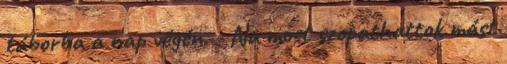
táborba a nap végén. - Na most szopathattok mást